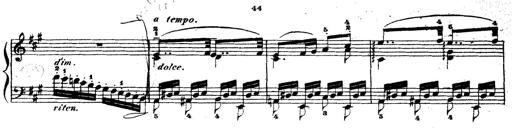
Title: Wagner-Liszt Album
Composer: Franz Liszt